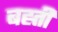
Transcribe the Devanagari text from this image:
बह्ती